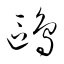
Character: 鴎